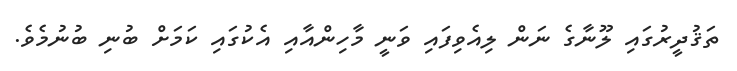
ތަޤުދީރުގައި ލޫނާގެ ނަން ލިއެވިފައި ވަނީ މާހިންއާއި އެކުގައި ކަމަށް ބުނި ބުނުމެވެ.